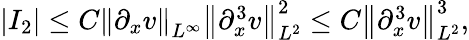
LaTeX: \begin{array}{r}{|I_{2}|\leq C\left\| \partial_{x}v\right\| _{L^{\infty}}\left\| \partial_{x}^{3}v\right\| _{L^{2}}^{2}\leq C\left\| \partial_{x}^{3}v\right\| _{L^{2}}^{3},}\end{array}